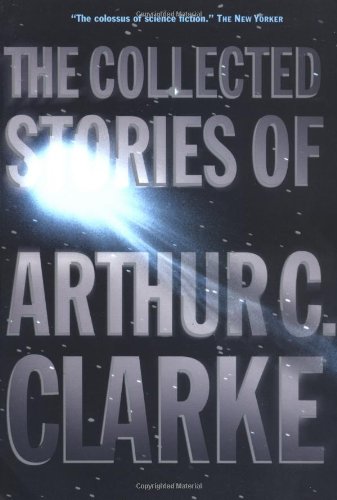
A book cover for The Collected Stories of Arthur C. Clarke; Arthur C. Clarke; Science Fiction & Fantasy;